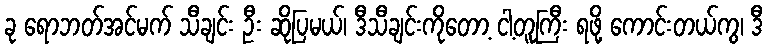
ခု ရောဘတ်အင်မက် သီချင်း ဦး ဆိုပြမယ်၊ ဒီသီချင်းကိုတော့ ငါ့တူကြီး ရဖို့ ကောင်းတယ်ကွ၊ ဒီ